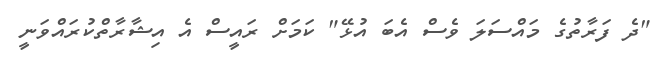
"ދެ ފަރާތުގެ މައްސަލަ ވެސް އެބަ އުޅޭ" ކަމަށް ރައީސް އެ އިޝާރާތްކުރައްވަނީ